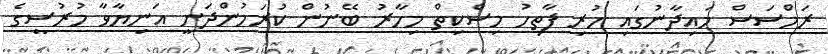
ރަމްސަސް މައިދާނުގައި ހުރި ފާތިހު މިސްކިތް މިހާރު ބޭނުން ކުރަމުންދަނީ އަނިޔާވާ މުރުސީގެ